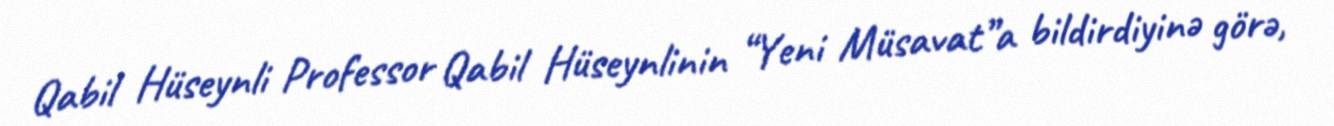
Qabil Hüseynli Professor Qabil Hüseynlinin “Yeni Müsavat”a bildirdiyinə görə,